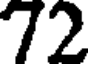
72